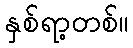
နှစ်ရာ့တစ်။